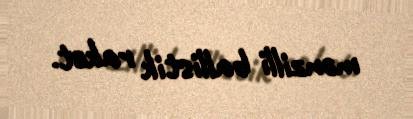
mənzilli ballistik raket.